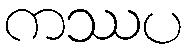
ကဿပ